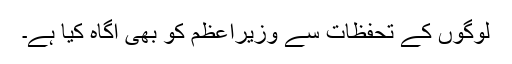
لوگوں کے تحفظات سے وزیراعظم کو بھی آگاہ کیا ہے۔